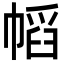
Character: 幍